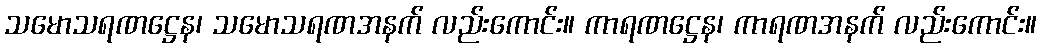
သမောသရဏဋ္ဌေန၊ သမောသရဏအနက် လည်းကောင်း။ ကာရဏဋ္ဌေန၊ ကာရဏအနက် လည်းကောင်း။